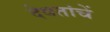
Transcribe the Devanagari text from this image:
देवतांचें